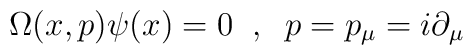
\Omega (x,p) \psi (x) = 0  \; \; , \; \;p = p_{\mu} = i \partial_{\mu}